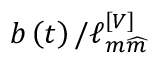
b \left( t \right) / \ell _ { m \widehat { m } } ^ { \left[ V \right] }